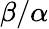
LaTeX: \beta/\alpha